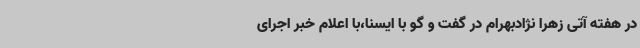
در هفته آتی زهرا نژادبهرام در گفت و گو با ایسنا،با اعلام خبر اجرای